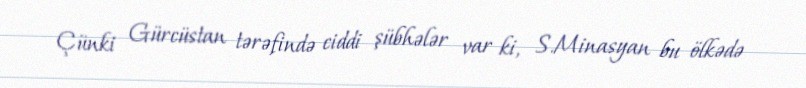
Çünki Gürcüstan tərəfində ciddi şübhələr var ki, S.Minasyan bu ölkədə